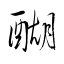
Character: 醐